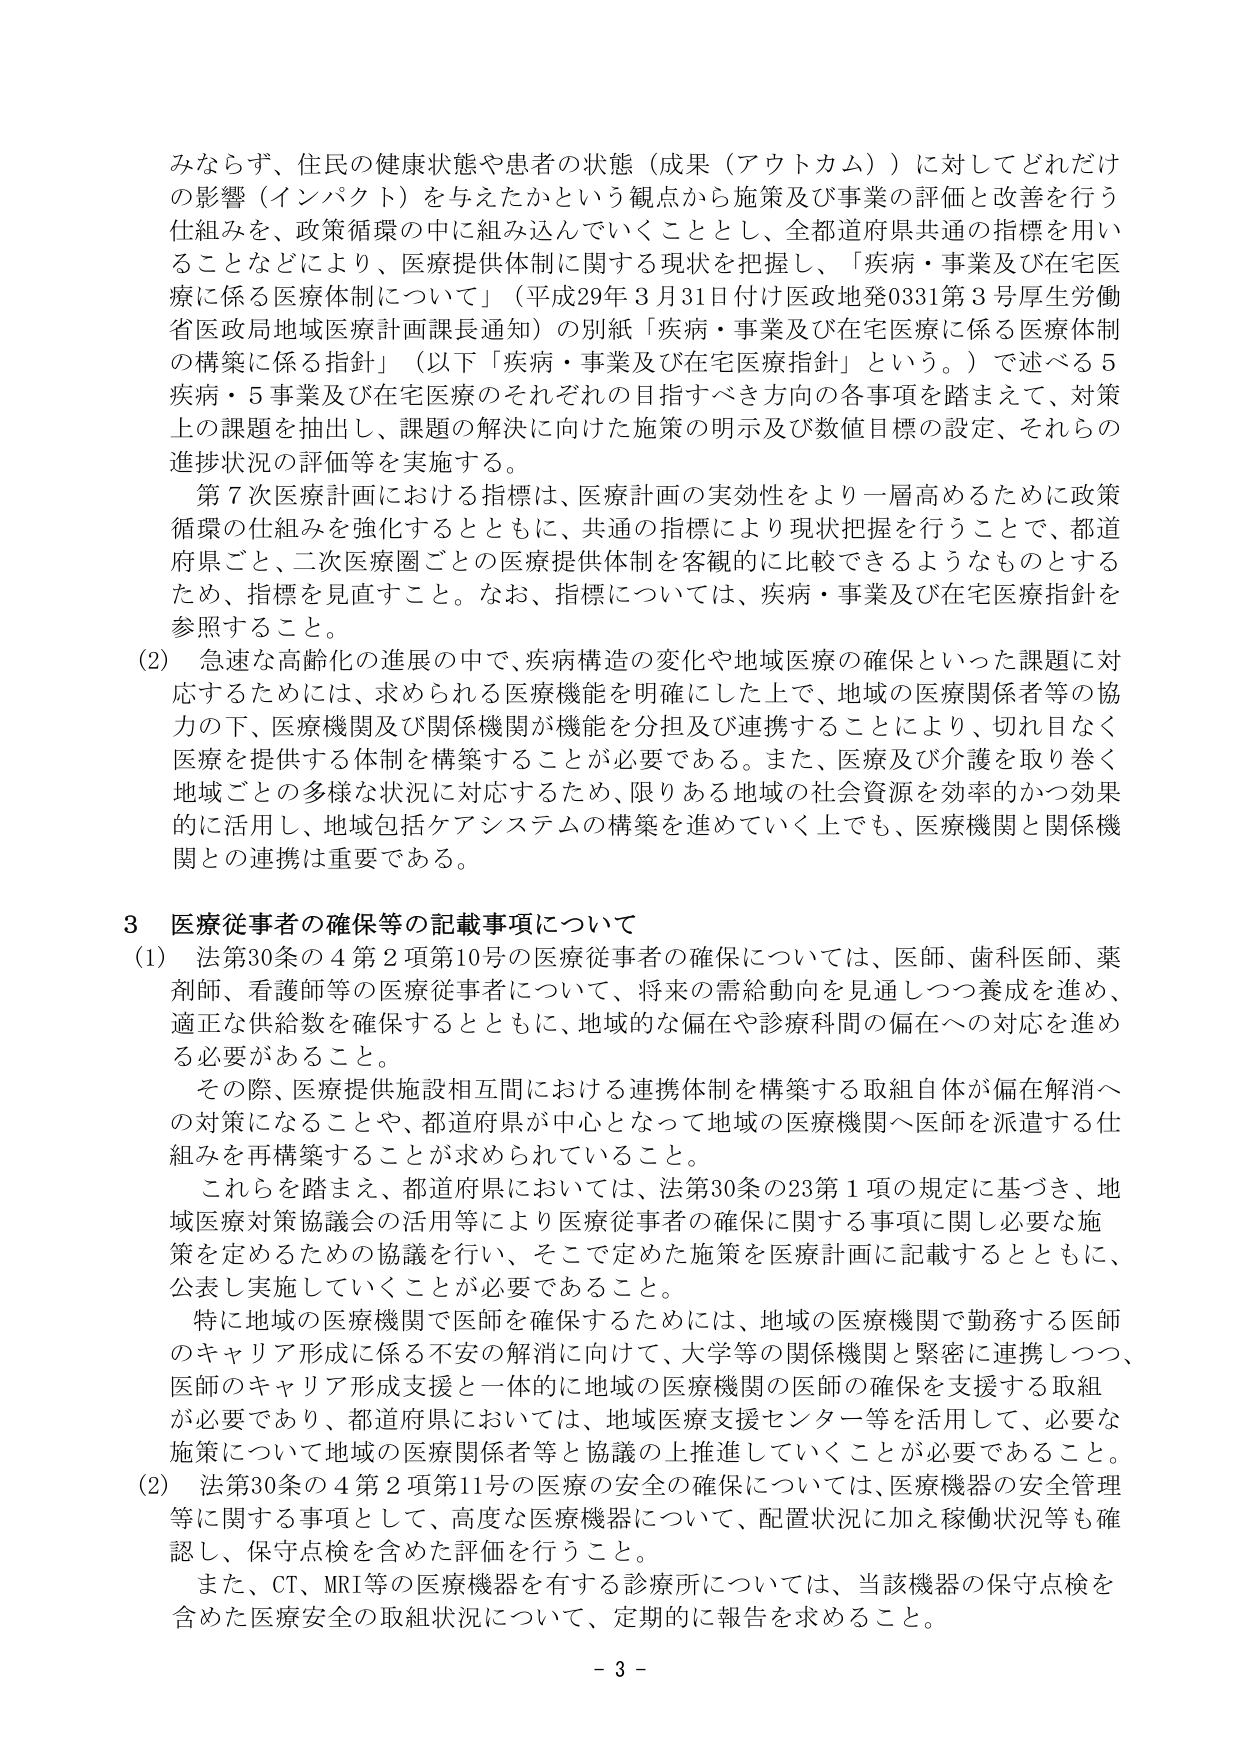
みならず、住民の健康状態や患者の状態（成果（アウトカム））に対してどれだけの影響（インパクト）を与えたかという観点から施策及び事業の評価と改善を行う仕組みを、政策循環の中に組み込んでいくこととし、全都道府県共通の指標を用いることなどにより、医療提供体制に関する現状を把握し、「疾病・事業及び在宅医療に係る医療体制について」（平成29年3月31日付け医政地発0331第3号厚生労働省医政局地域医療計画課長通知）の別紙「疾病・事業及び在宅医療に係る医療体制の構築に係る指針」（以下「疾病・事業及び在宅医療指針」という。）で述べる5疾病・5事業及び在宅医療のそれぞれの目指すべき方向の各事項を踏まえて、対策上の課題を抽出し、課題の解決に向けた施策の明示及び数値目標の設定、それらの進捗状況の評価等を実施する。

第7次医療計画における指標は、医療計画の実効性をより一層高めるために政策循環の仕組みを強化するとともに、共通の指標により現状把握を行うことで、都道府県ごと、二次医療圏ごとの医療提供体制を客観的に比較できるようなものとするため、指標を見直すこと。なお、指標については、疾病・事業及び在宅医療指針を参照すること。

(2) 急速な高齢化の進展の中で、疾病構造の変化や地域医療の確保といった課題に対応するためには、求められる医療機能を明確にした上で、地域の医療関係者等の協力の下、医療機関及び関係機関が機能を分担及び連携することにより、切れ目なく医療を提供する体制を構築することが必要である。また、医療及び介護を取り巻く地域ごとの多様な状況に対応するため、限りある地域の社会資源を効率的かつ効果的に活用し、地域包括ケアシステムの構築を進めていく上でも、医療機関と関係機関との連携は重要である。

3 医療従事者の確保等の記載事項について

(1) 法第30条の4第2項第10号の医療従事者の確保については、医師、歯科医師、薬剤師、看護師等の医療従事者について、将来の需給動向を見通しつつ養成を進め、適正な供給数を確保するとともに、地域的な偏在や診療科間の偏在への対応を進める必要があること。

その際、医療提供施設相互間における連携体制を構築する取組自体が偏在解消への対策になることや、都道府県が中心となって地域の医療機関へ医師を派遣する仕組みを再構築することが求められていること。

これらを踏まえ、都道府県においては、法第30条の23第1項の規定に基づき、地域医療対策協議会の活用等により医療従事者の確保に関する事項に関して必要な施策を定めるための協議を行い、そこで定めた施策を医療計画に記載するとともに、公表し実施していくことが必要であること。

特に地域の医療機関で医師を確保するためには、地域の医療機関で勤務する医師のキャリア形成に係る不安の解消に向けて、大学等の関係機関と緊密に連携しつつ、医師のキャリア形成支援と一体的に地域の医療機関の医師の確保を支援する取組が必要であり、都道府県においては、地域医療支援センター等を活用して、必要な施策について地域の医療関係者等と協議の上推進していくことが必要であること。

(2) 法第30条の4第2項第11号の医療の安全の確保については、医療機器の安全管理等に関する事項として、高度な医療機器について、配置状況に加え稼働状況等も確認し、保守点検を含めた評価を行うこと。

また、CT、MRI等の医療機器を有する診療所については、当該機器の保守点検を含めた医療安全の取組状況について、定期的に報告を求めること。

- 3 -